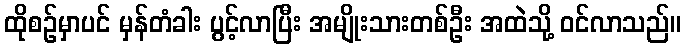
ထိုစဉ်မှာပင် မှန်တံခါး ပွင့်လာပြီး အမျိုးသားတစ်ဦး အထဲသို့ ဝင်လာသည်။